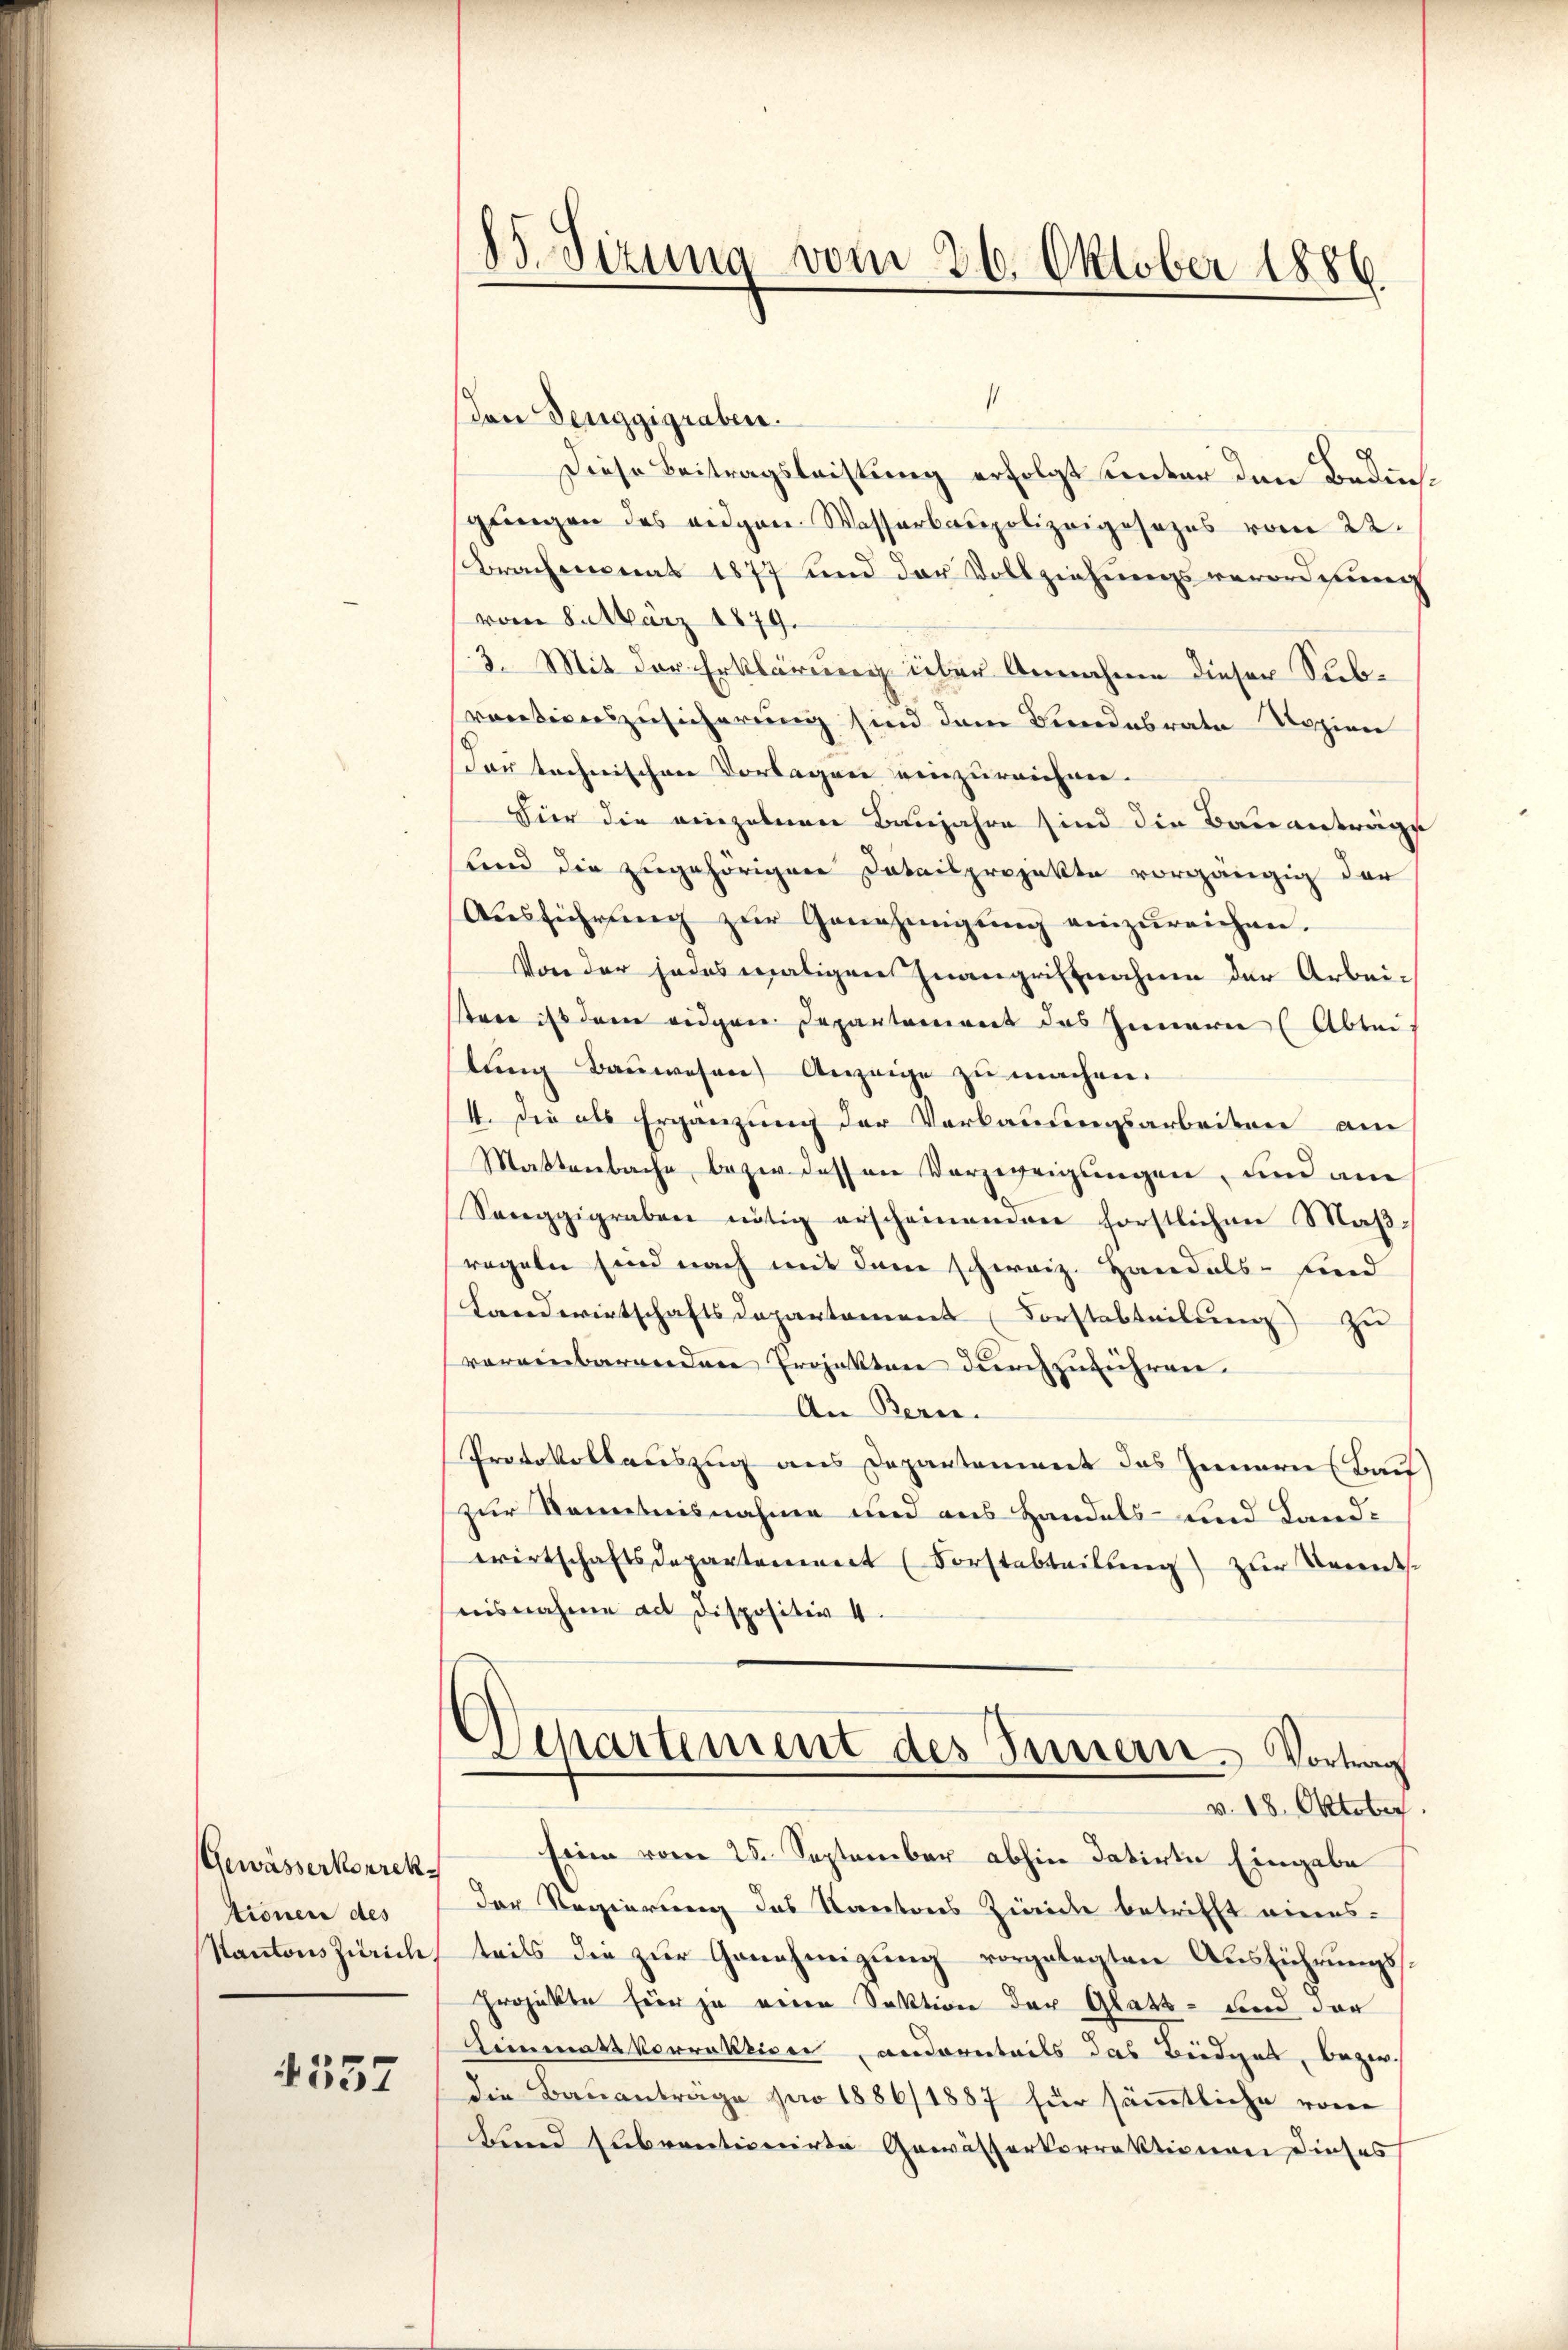
Gewässerkorrektionen des
Kantons Zürich.

4557

85. Sizung vom 26. Oktober 1886.

s
den Denggigraben.
Diese Beitragsleistung erfolgt unter den Bedinglingen des eidgen. Wasserbaupolizeigesezes vom 22.
Brachmonat 1877 und der Vollziehungsverordnung
vom Salärz 1879.
3. Mit der Erklärung über Annahme dieser Subrectionszusicherung sind dem Bundesrate Sozion
dar technischen Vorlegen einzureichnen.
Vier die einzelnen Baujahre sind die Bau anträge
und die zugehörigen Dataisprojekte vorgängig der
Ausführung zŭr Genehmigung einzureichen.
Von der jedesmaligen Inangriffnahme der Arbeitare ist dem eidgeie Departement des Innern (Abtei
lŭng Bauwesen) Anzeige zu machen.
1. Die als Ergänzung der Verbauungsarbeiten am
Mattenbache bezw. dessen Verzweigungen, und am
Seceggigraben nötig erscheinenen förstlichen Maßregeln sind nach mit dem schweiz. Handels- sind
Landwirtschaftsdepartement (Forstabteilung zu
vereinbarenden Projekten durchzuführen.
An Beri
Protokollauszug aus Departement das Innern Bau
zur Kenntnisnahme und aus Handels- und Land-
wirtschaftsdepartement (Forstabteilung) zur Keindes
aisnahme ad Dispositiv 4.
Departement des Innern. Vortrag
v. 18. Oktober.
Ein vom 25. September abhin datirte Eingabe
der Regierung des Kantons Zürich betrifft einensteils die zur Genehmigung vorgelegten Ausführungs¬
Projekte für je eine Sektion der Glatt- und der
Limmats korrektiven, andernteils das Büdget, beziedie Bauanträge pro 1886/1887 für sämmtliche von
Aund subventionirte Gewässerkorrektionen dieses